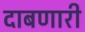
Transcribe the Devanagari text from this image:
दाबणारी